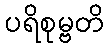
ပရိစုမ္ဗတိ